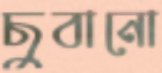
ছুবানো